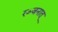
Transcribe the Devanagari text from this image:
रञ्जनात्